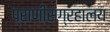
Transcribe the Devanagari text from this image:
प्राणीसंग्रहालय